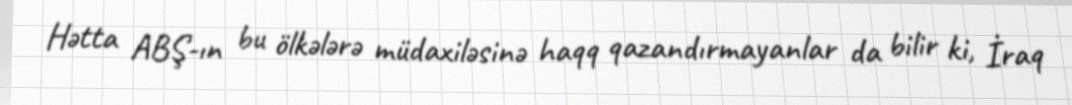
Hətta ABŞ-ın bu ölkələrə müdaxiləsinə haqq qazandırmayanlar da bilir ki, İraq